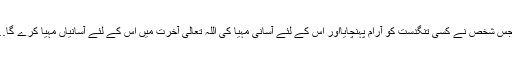
اللہ تعالیٰ قیامت کے دن اُس کی بے چینیوں اور تکلیفوں کو اُس سے دور کرے گا اور جس شخص نے کسی تنگدست کو آرام پہنچایااور اُس کے لئے آسانی مہیا کی اللہ تعالیٰ آخرت میں اُس کے لئے آسانیاں مہیا کرے گا… اللہ تعالیٰ اُس بندے کی مدد پر تیار رہتا ہے جو اپنے بھائی کی مدد کے لئے تیار ہو۔